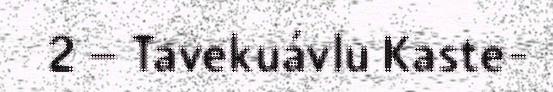
2 – Tavekuávlu Kaste-